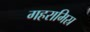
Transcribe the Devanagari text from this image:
गहरामिस्र